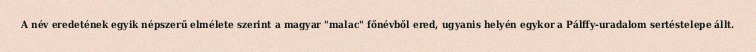
A név eredetének egyik népszerű elmélete szerint a magyar "malac" főnévből ered, ugyanis helyén egykor a Pálffy-uradalom sertéstelepe állt.